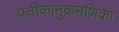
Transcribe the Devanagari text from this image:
प्रतीकानुक्रमणिका